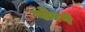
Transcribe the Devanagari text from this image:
पोरगे